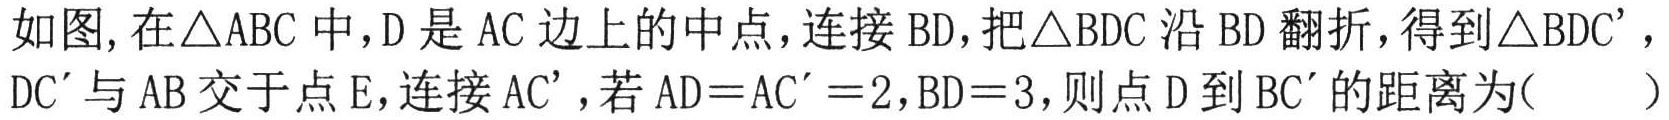
如图, 在\(\triangle ABC\)中，\(D\)是\(AC\)边上的中点，连接\(BD\)，把\(\triangle BDC\)沿\(BD\)翻折，得到\(\triangle BDC'\)，\(DC'\)与\(AB\)交于点\(E\)，连接\(AC'\)，若\(AD = AC' = 2\)，\(BD = 3\)，则点\(D\)到\(BC'\)的距离为(  )